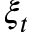
\xi _ { t }